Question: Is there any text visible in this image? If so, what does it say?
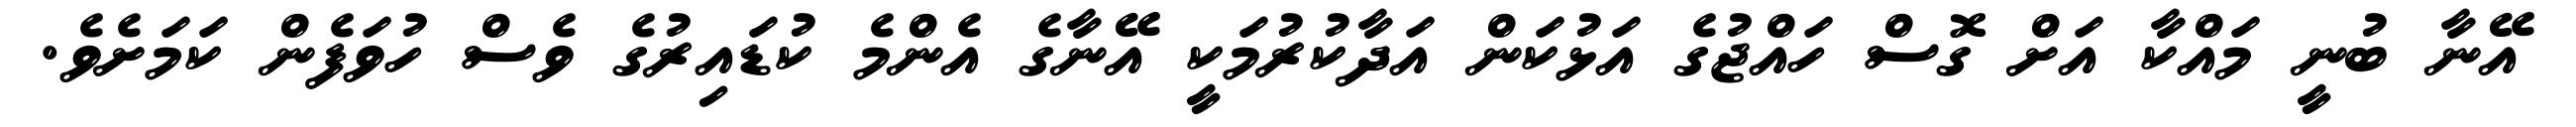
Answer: އޭނާ ބުނީ މައްކާ އަށް ގޮސް ހައްޖުގެ އަޅުކަން އަދާކުރުމަކީ އޭނާގެ އެންމެ ކުޑައިރުގެ ވެސް ހުވަފެން ކަމަށެވެ.